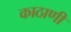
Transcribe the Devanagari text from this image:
काठाणी